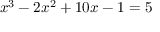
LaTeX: x ^ { 3 } - 2 x ^ { 2 } + 1 0 x - 1 = 5